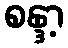
စန္ဒာ့